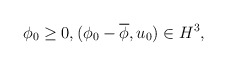
\begin{align*}& \phi_0 \geq 0, (\phi_0-\overline{\phi}, u_0)\in H^3,\end{align*}